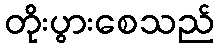
တိုးပွားစေသည်